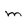
Character: m